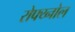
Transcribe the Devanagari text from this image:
रोफ्य्नोल